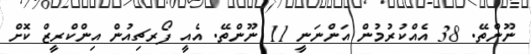
ނޫންތޭ. 38 އެއްކުުރުމުން އަންނަނީ 11 ނޫންތޭ. އެއީ ފޯރޗިއުން އިންކްރީޒް ކޮށް